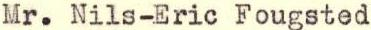
Mr. Nils-Eric Fougsted